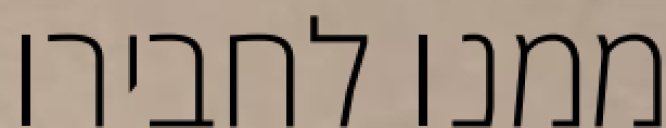
ממנו לחבירו